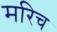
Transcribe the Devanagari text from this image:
मरिच